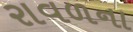
રાવળના